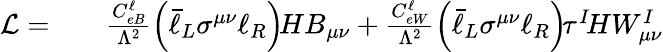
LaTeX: \begin{array}{rlr}{\mathcal{L}=}&{{}}&{\frac{C_{eB}^{\ell}}{\Lambda^{2}}\left(\bar{\ell}_{L}\sigma^{\mu\nu}\ell_{R}\right)\! HB_{\mu\nu}+\frac{C_{eW}^{\ell}}{\Lambda^{2}}\left(\bar{\ell}_{L}\sigma^{\mu\nu}\ell_{R}\right)\! \tau^{I}\! HW_{\mu\nu}^{I}}\end{array}